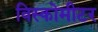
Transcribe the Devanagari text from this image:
विस्कोमीटर